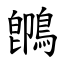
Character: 䳭